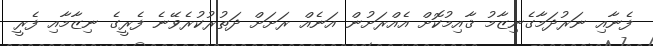
ފެނާއި ނަރުދަމާގެނިޒާމު ޤާއިމުކޮށް އެއްރަށުން އަނެއް ރަށަށް ދަތުރުކުރެވޭނެ ފެރީގެ ނިޒާމާއި ފެރީ